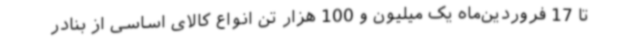
تا 17 فروردین‌ماه یک میلیون و 100 هزار تن انواع کالای اساسی از بنادر